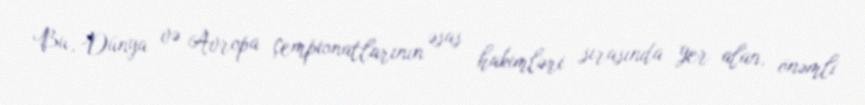
Bu, Dünya və Avropa çempionatlarının əsas hakimləri sırasında yer alan, önəmli